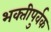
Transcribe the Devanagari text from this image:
भक्‍तीपुर्वक